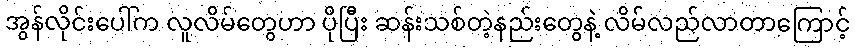
အွန်လိုင်းပေါ်က လူလိမ်တွေဟာ ပိုပြီး ဆန်းသစ်တဲ့နည်းတွေနဲ့ လိမ်လည်လာတာကြောင့်